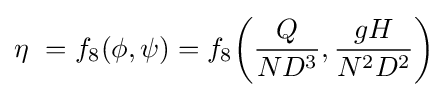
\eta \ =f_{8}(\phi ,\psi )=f_{8}\!\left({Q \over {ND^{3}}},{gH \over {N^{2}D^{2}}}\right)